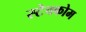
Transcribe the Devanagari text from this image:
स्टेचकोम